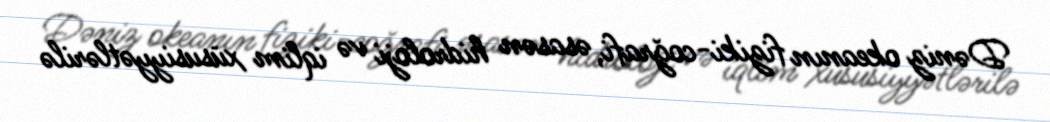
Dəniz okeanın fiziki-coğrafi, əsasən hidroloji və iqlim xüsusiyyətlərilə